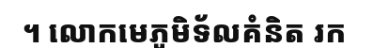
។ លោកមេភូមិទ័លគំនិត រក